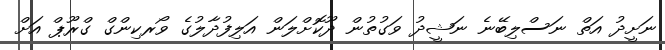
ނަށީދު އަތް ނަސްލިބޭނެ ނަޝީދު ވަގުތުން ދޫކޮށްލަން އަލިފުދާލުގެ ވޯރކިންގް ގްރޫޕް އަށް